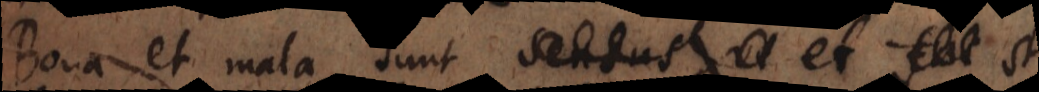
Bona et mala sunt sensus, ve et